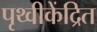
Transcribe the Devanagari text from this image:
पृथ्वीकेंद्रित